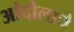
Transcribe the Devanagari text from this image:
आंदोलाचे